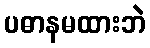
ပဓာနမထားဘဲ